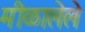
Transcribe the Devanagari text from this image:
मीळालेले